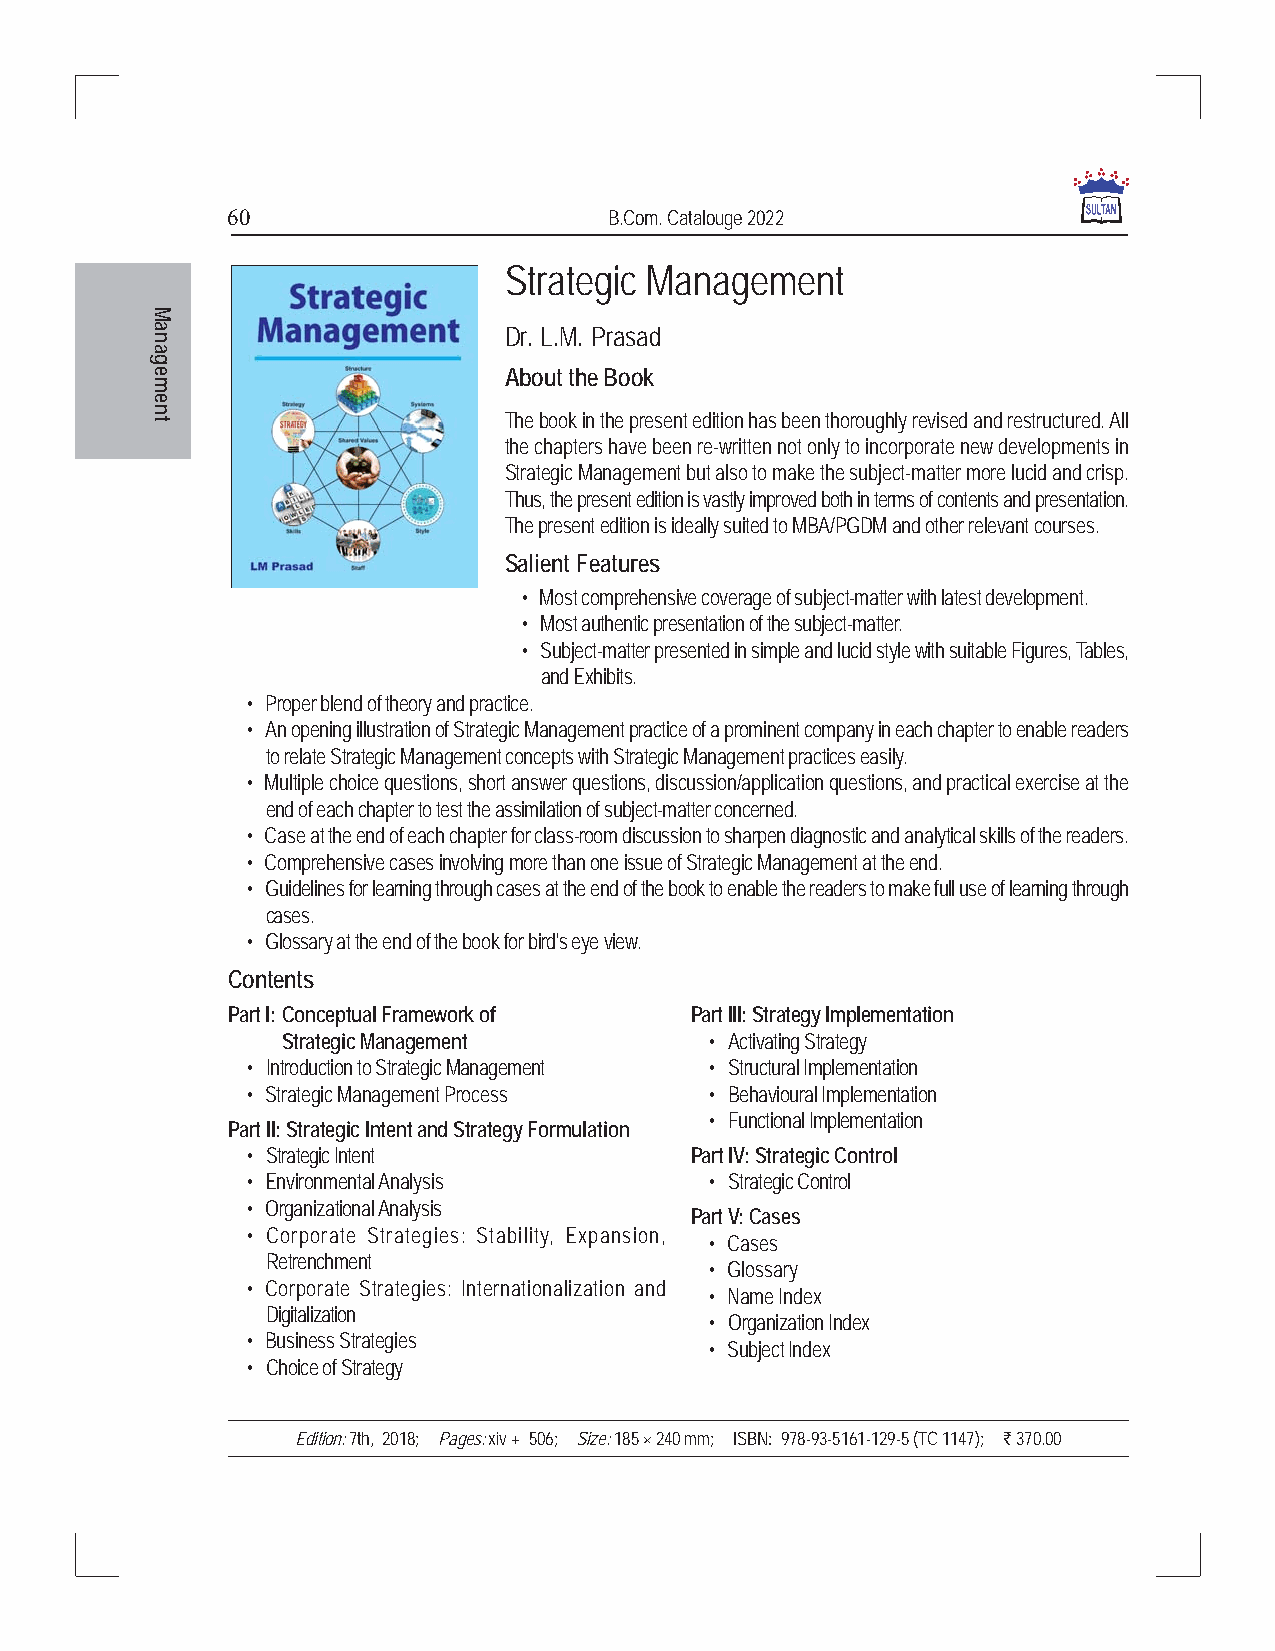
60                       B.Com. Catalouge 2022
 Strategic Management
 Dr. L.M. Prasad
 About the Book
 The book in the present edition has been thoroughly revised and restructured. All
 the chapters have been re-written not only to incorporate new developments in
 Strategic Management but also to make the subject-matter more lucid and crisp.
 Thus, the present edition is vastly improved both in terms of contents and presentation.
 The present edition is ideally suited to MBA/PGDM and other relevant courses.
 Salient Features
 • Most comprehensive coverage of subject-matter with latest development.
 • Most authentic presentation of the subject-matter.
 • Subject-matter presented in simple and lucid style with suitable Figures, Tables,
 and Exhibits.
 • Proper blend of theory and practice.
 • An opening illustration of Strategic Management practice of a prominent company in each chapter to enable readers
 to relate Strategic Management concepts with Strategic Management practices easily.
 • Multiple choice questions, short answer questions, discussion/application questions, and practical exercise at the
 end of each chapter to test the assimilation of subject-matter concerned.
 • Case at the end of each chapter for class-room discussion to sharpen diagnostic and analytical skills of the readers.
 • Comprehensive cases involving more than one issue of Strategic Management at the end.
 • Guidelines for learning through cases at the end of the book to enable the readers to make full use of learning through
 cases.
 • Glossary at the end of the book for bird's eye view.
 Contents
 Part I:Conceptual Framework of Part III: Strategy Implementation
 Strategic Management        • Activating Strategy
 • Introduction to Strategic Management • Structural Implementation
 • Strategic Management Process • Behavioural Implementation
 • Functional Implementation
 Part II: Strategic Intent and Strategy Formulation
 • Strategic Intent            Part IV: Strategic Control
 • Environmental Analysis       • Strategic Control
 • Organizational Analysis
 Part V: Cases
 • Corporate Strategies: Stability, Expansion,
 • Cases
 Retrenchment
 • Glossary
 • Corporate Strategies: Internationalization and
 • Name Index
 Digitalization
 • Organization Index
 • Business Strategies
 • Subject Index
 • Choice of Strategy
 Edition: 7th, 2018; Pages: xiv + 506; Size: 185 × 240 mm; ISBN: 978-93-5161-129-5 (TC 1147); ` 370.00
 Management